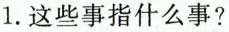
1.这些事指什么事?